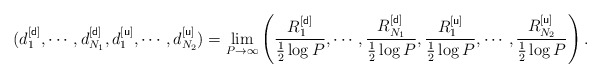
\begin{align*}(d^{[{\sf d}]}_1,\cdots,d_{N_1}^{[{\sf d}]},d^{[{\sf u}]}_1,\cdots,d_{N_2}^{[{\sf u}]})=\lim_{P\to\infty}\left(\frac{R^{[{\sf d}]}_1}{\frac{1}{2}\log P},\cdots,\frac{R^{[{\sf d}]}_{N_1}}{\frac{1}{2}\log P},\frac{R^{[{\sf u}]}_1}{\frac{1}{2}\log P},\cdots,\frac{R^{[{\sf u}]}_{N_2}}{\frac{1}{2}\log P}\right).\end{align*}